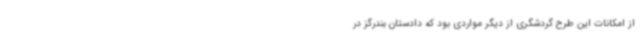
از امکانات این طرح گردشگری از دیگر مواردی بود که دادستان بندرگز در